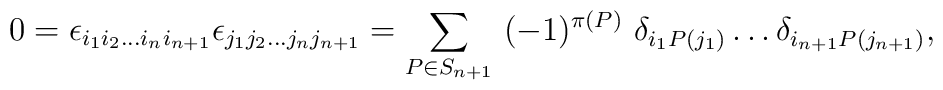
0= \epsilon_{i_1 i_2 \dots  i_n i_{n+1}} \epsilon_{j_1 j_2 \dots   j_n j_{n+1}} = \sum_{P \in S_{n+1}} \ (-1)^{\pi(P)}  \ \delta_{i_1 P(j_1)} \dots\delta_{i_{n+1} P(j_{n+1})},